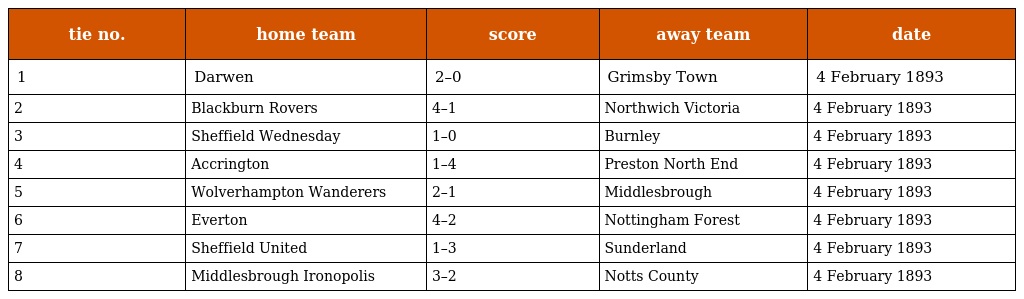
| tie no. | home team | score | away team | date |
 | --- | --- | --- | --- | --- |
 | 1 | Darwen | 2–0 | Grimsby Town | 4 February 1893 |
 | 2 | Blackburn Rovers | 4–1 | Northwich Victoria | 4 February 1893 |
 | 3 | Sheffield Wednesday | 1–0 | Burnley | 4 February 1893 |
 | 4 | Accrington | 1–4 | Preston North End | 4 February 1893 |
 | 5 | Wolverhampton Wanderers | 2–1 | Middlesbrough | 4 February 1893 |
 | 6 | Everton | 4–2 | Nottingham Forest | 4 February 1893 |
 | 7 | Sheffield United | 1–3 | Sunderland | 4 February 1893 |
 | 8 | Middlesbrough Ironopolis | 3–2 | Notts County | 4 February 1893 |